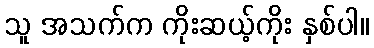
သူ အသက်က ကိုးဆယ့်ကိုး နှစ်ပါ။